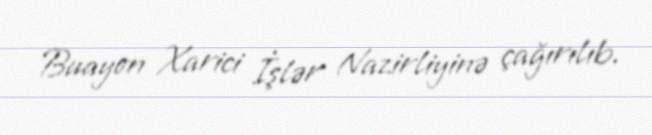
Buayon Xarici İşlər Nazirliyinə çağırılıb.